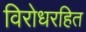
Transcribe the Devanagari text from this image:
विरोधरहित